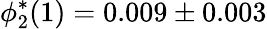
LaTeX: \phi_{2}^{*}(1)=0.009\pm 0.003